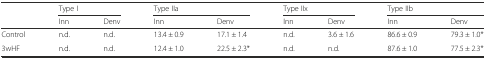
|  | <COLSPAN=2> Type I | <COLSPAN=2> Type IIa | <COLSPAN=2> Type IIx | <COLSPAN=2> Type IIb |
 |  | Inn | Denv | Inn | Denv | Inn | Denv | Inn | Denv |
 | --- | --- | --- | --- | --- | --- | --- | --- | --- |
 | Control | n.d. | n.d. | 13.4 ± 0.9 | 17.1 ± 1.4 | n.d. | 3.6 ± 1.6 | 86.6 ± 0.9 | 79.3 ± 1.0* |
 | 3wHF | n.d. | n.d. | 12.4 ± 1.0 | 22.5 ± 2.3* | n.d. | n.d. | 87.6 ± 1.0 | 77.5 ± 2.3* |